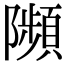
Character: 𨽗